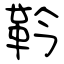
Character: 靲